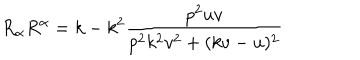
R _ { \alpha } R ^ { \alpha } = k - k ^ { 2 } \frac { p ^ { 2 } u v } { p ^ { 2 } k ^ { 2 } v ^ { 2 } + ( k v - u ) ^ { 2 } }